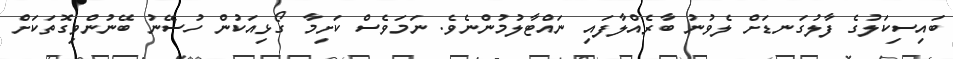
ބައިސިކަލުގެ ފާލުގަނޑަށް ލެވުނު ބާރެއްލާފައި ނައްޓާލުމުންނެވެ. ނަމަވެސް ކަށިމާ ގޯޅިއަކުން ހުސޭނު ބޭނުންވިގޮތަކަށް